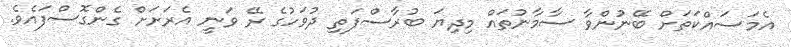
އެމަސައްކަތަށް ބޭނުންވާ ސާމާނުތައް މިދިޔަ ބުރާސްފަތި ދުވަހުގެ ރޭ ވަނީ އެރަށަށް ގެންގޮސްފައެވެ.